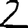
Digit: 2